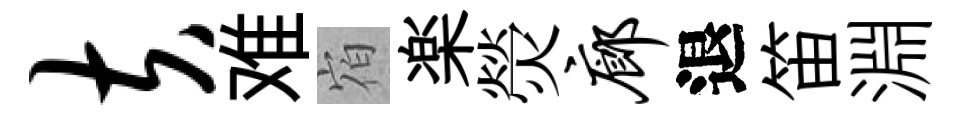
夫难𪧐楽熒廊退笛淵